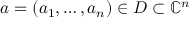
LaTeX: a = ( a _ { 1 } , \dots , a _ { n } ) \in D \subset \mathbb { C } ^ { n }